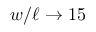
w / \ell \rightarrow 1 5